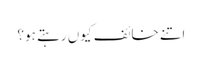
اتنے خائف کیوں رہتے ہو؟